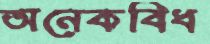
অনেকবিধ